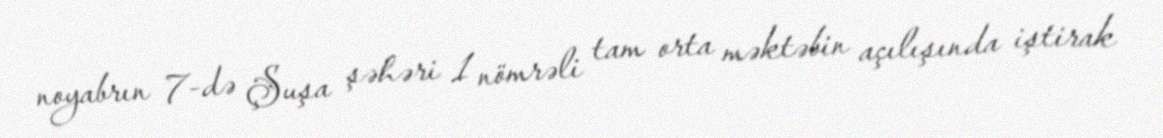
noyabrın 7-də Şuşa şəhəri 1 nömrəli tam orta məktəbin açılışında iştirak